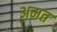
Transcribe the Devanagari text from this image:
अमत